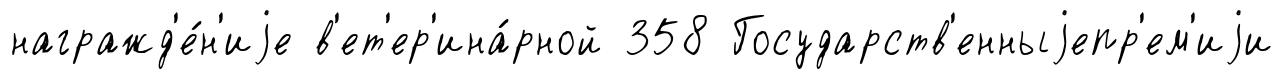
награжд'е́н'иjе в'ет'ер'ина́рной 358 Государств'енныjепр'ем'иjи